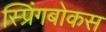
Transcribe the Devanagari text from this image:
स्प्रिंगबोकस